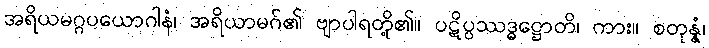
အရိယမဂ္ဂပယောဂါနံ၊ အရိယာမဂ်၏ ဗျာပါရတို့၏။ ပဋိပ္ပဿဒ္ဓဋ္ဌောတိ၊ ကား။ စတုန္နံ၊